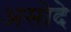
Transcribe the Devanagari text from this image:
असोदे